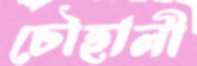
চৌহালী